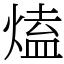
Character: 熆